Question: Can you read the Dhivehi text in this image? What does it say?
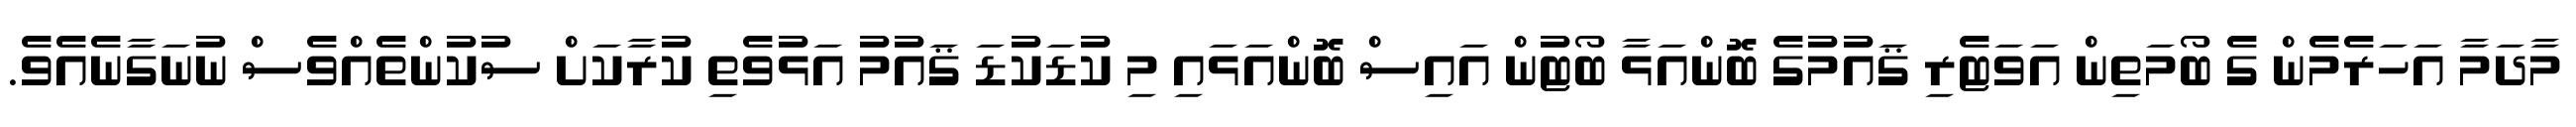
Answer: މާދަމާ އަހަރެމެން ގެ ބޯމަތިން އަވަޓެރި ޤައުމުގެ ބޮންއަޅާ ބޯޓުން އައިސް ބޮންއަޅައި މި ކުޑަކުޑަ ޤައުމު އަޅުވެތި ކުރާކަށް ސުކުންތެއްވެސް ނުނަގާނެއެވެ.